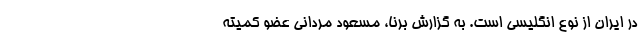
در ایران از نوع انگلیسی است. به گزارش برنا، مسعود مردانی عضو کمیته